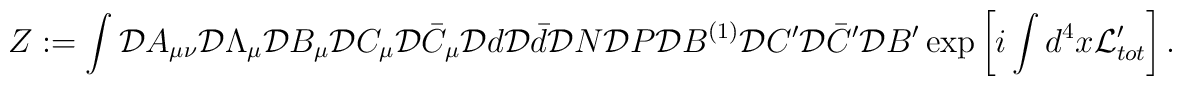
Z := \int {\cal D}A_{\mu\nu} {\cal D}\Lambda_\mu {\cal D}B_\mu{\cal D}C_\mu {\cal D}\bar C_\mu {\cal D}d {\cal D}\bar d {\cal D}N {\cal D}P {\cal D}B^{(1)}{\cal D}C'{\cal D}\bar C' {\cal D}B'\exp \left[ i \int d^4x {\cal L}_{tot}' \right] .